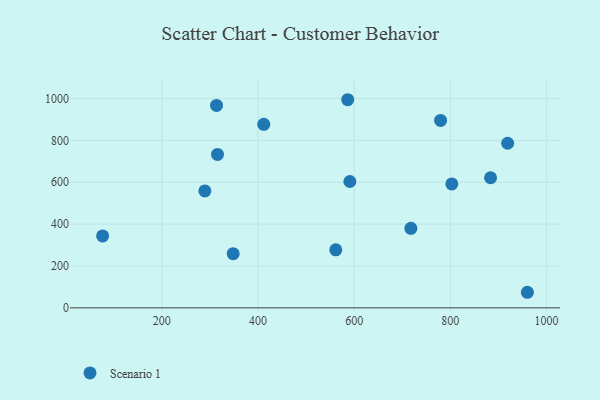
{"axis": {"x": "Investment", "y": "Rating"}, "legend": ["Scenario 1"], "data": [{"x": "561.8", "y": 277.0, "type": "Scenario 1"}, {"x": "779.7", "y": 895.2, "type": "Scenario 1"}, {"x": "315.9", "y": 732.7, "type": "Scenario 1"}, {"x": "717.9", "y": 379.7, "type": "Scenario 1"}, {"x": "803.0", "y": 592.0, "type": "Scenario 1"}, {"x": "919.1", "y": 786.1, "type": "Scenario 1"}, {"x": "412.1", "y": 876.5, "type": "Scenario 1"}, {"x": "348.5", "y": 258.5, "type": "Scenario 1"}, {"x": "586.6", "y": 993.9, "type": "Scenario 1"}, {"x": "883.6", "y": 621.3, "type": "Scenario 1"}, {"x": "313.9", "y": 966.5, "type": "Scenario 1"}, {"x": "591.1", "y": 603.4, "type": "Scenario 1"}, {"x": "289.7", "y": 558.4, "type": "Scenario 1"}, {"x": "77.1", "y": 343.6, "type": "Scenario 1"}, {"x": "960.1", "y": 74.4, "type": "Scenario 1"}]}